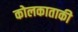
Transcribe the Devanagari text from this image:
कोलकाताकी